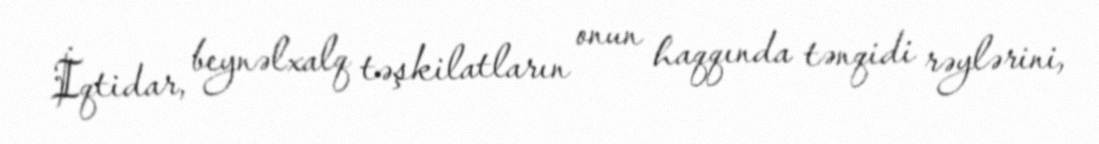
İqtidar, beynəlxalq təşkilatların onun haqqında tənqidi rəylərini,